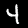
Label: 4